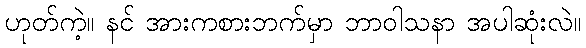
ဟုတ်ကဲ့။ နင် အားကစားဘက်မှာ ဘာဝါသနာ အပါဆုံးလဲ။